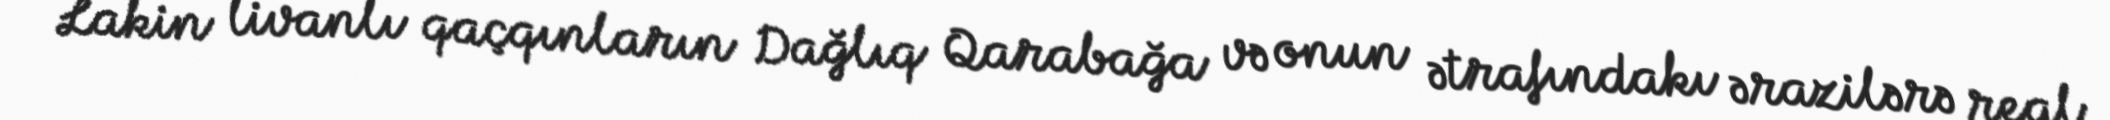
Lakin livanlı qaçqınların Dağlıq Qarabağa və onun ətrafındakı ərazilərə real